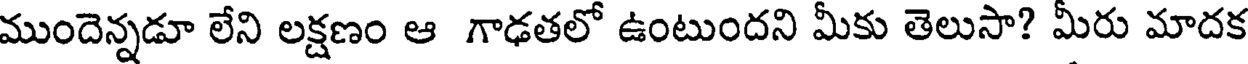
ముందెన్నడూ లేని లక్షణం ఆ గాఢతలో ఉంటుందని మీకు తెలుసా? మీరు మాదక